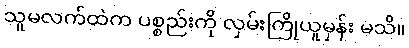
သူမလက်ထဲက ပစ္စည်းကို လှမ်းကြိုယူမှန်း မသိ။